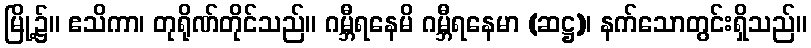
မြို့၌။ ဧသိကာ၊ တုရိုဏ်တိုင်သည်။ ဂမ္ဘီရနေမိ ဂမ္ဘီရနေမာ (ဆဋ္ဌ)၊ နက်သောတွင်းရှိသည်။